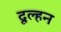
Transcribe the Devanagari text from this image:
दूल्हन